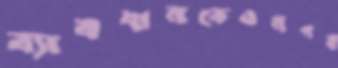
ব্যাবধানকেওনগর